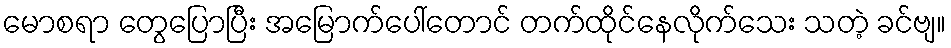
မောစရာ တွေပြောပြီး အမြောက်ပေါ်တောင် တက်ထိုင်နေလိုက်သေး သတဲ့ ခင်ဗျ။